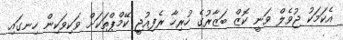
އެކަމަކު ޖުވެލް ވަނީ ކޮޒް ބަޒާރުގެ ހުރިހާ ރެފިއުޖީ ކޭމްޕްތަކަށް ވަކިވަކިން ހިނގައި